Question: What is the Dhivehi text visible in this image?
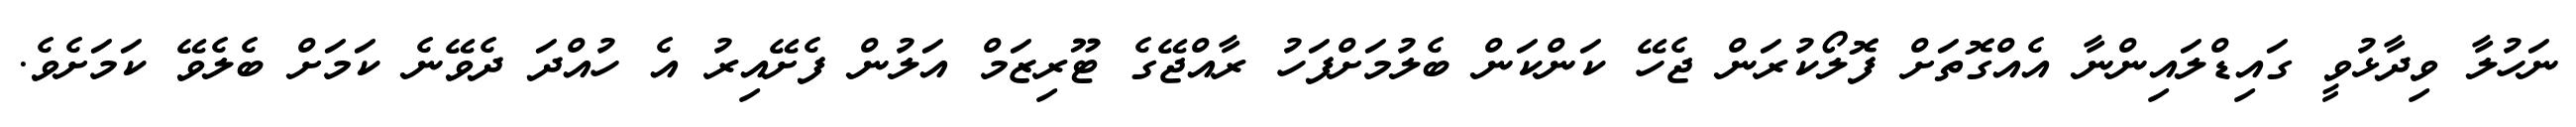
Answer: ނަހުލާ ވިދާޅުވީ ގައިޑްލައިންނާ އެއްގޮތަށް ފޮލޯކުރަން ޖެހޭ ކަންކަން ބެލުމަށްފަހު ރާއްޖޭގެ ޓޫރިޒަމް އަލުން ފެށޭއިރު އެ ހުއްދަ ދެވޭނެ ކަމަށް ބެލެވޭ ކަމަށެވެ.